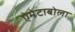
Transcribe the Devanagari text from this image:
ऐमेटाबोला